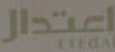
اعتدال